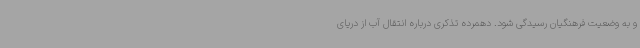
و به وضعیت فرهنگیان رسیدگی شود. دهمرده تذکری درباره انتقال آب از دریای